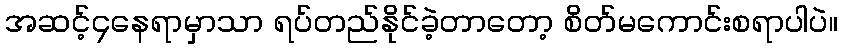
အဆင့်၄နေရာမှာသာ ရပ်တည်နိုင်ခဲ့တာတော့ စိတ်မကောင်းစရာပါပဲ။